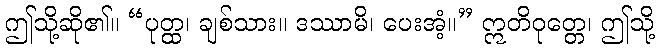
ဤသို့ဆို၏။ “ပုတ္ထ၊ ချစ်သား။ ဒဿာမိ၊ ပေးအံ့။” ဣတိဝုတ္တေ၊ ဤသို့